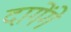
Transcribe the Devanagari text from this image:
दागेंगे